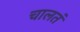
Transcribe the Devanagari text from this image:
चालतं